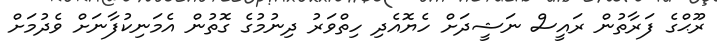
ރޫޙްގެ ފަރާތުން ރައީސް ނަޝީދަށް ހެޔޮއެދި ހިތްވަރު ދިނުމުގެ ގޮތުން އެމަނިކުފާނަށް ވެދުމަށް